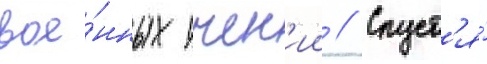
вое́нных учен'ии // Спуст'я́